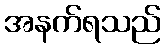
အနက်ရသည်